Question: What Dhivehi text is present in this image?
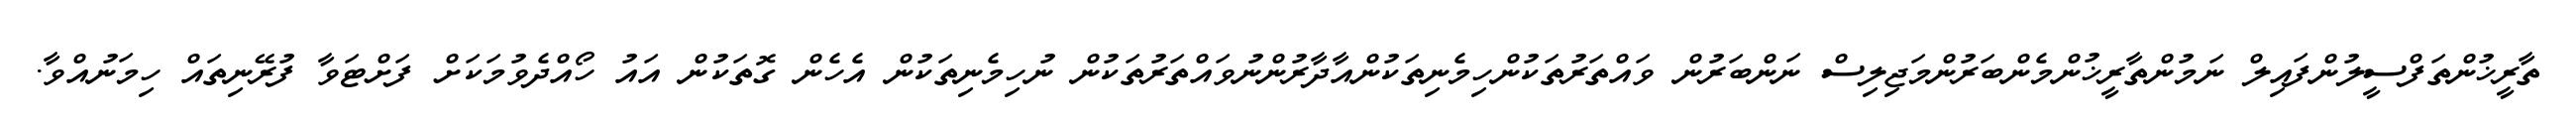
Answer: ތާރީޚުންތަފްސީލުންފައިލް ނަމުންތާރީޚުންމެންބަރުންމަޖިލިސް ނަންބަރުން ވައްތަރުތަކުންހިމެނިތަކުންއާދާރުންނުވައްތަރުތަކުން ނުހިމެނިތަކުން އެހެން ގޮތަކުން އައު ހޯއްދެވުމަކަށް ފަށްޓަވާ ފުރޭނިތައް ހިމަނުއްވާ.